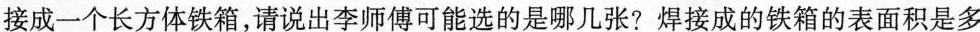
接成一个长方体铁箱，请说出李师傅可能选的是哪几张?焊接成的铁箱的表面积是多